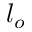
l _ { o }